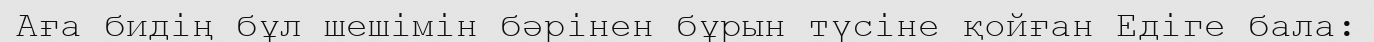
Аға бидің бұл шешімін бәрінен бұрын түсіне қойған Едіге бала: